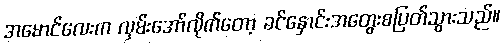
အမောင်လေးက လှမ်းအော်လိုက်တော့ ခင်နှောင်းအတွေးစပြတ်သွားသည်။